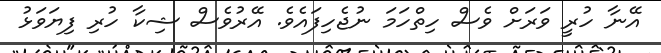
އޭނާ ހުރީ ވަރަށް ވެސް ހިތްހަމަ ނުޖެހިފައެވެ. އޭރުވެސް ޝިކާ ހުރި ފިޔަވަޅު